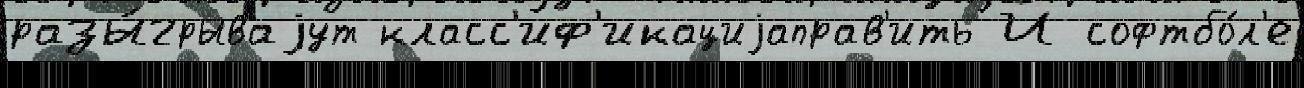
разы́грываjут класс'иф'икациjаправ'ить И софтбо́л'е